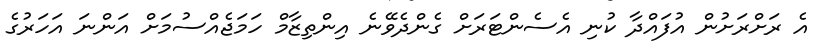
އެ ރަށްރަށުން އުފައްދާ ކުނި އެސެންޓަރަށް ގެންދެވޭނެ އިންތިޒާމް ހަމަޖެއްސުމަށް އަންނަ އަހަރުގެ